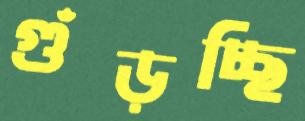
গুঁড়চ্ছি